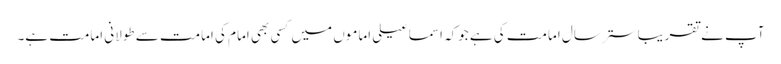
آپ نے تقریبا ستر سال امامت کی ہے جوکہ اسماعیلی اماموں میں کسی بھی امام کی امامت سے طولانی امامت ہے۔